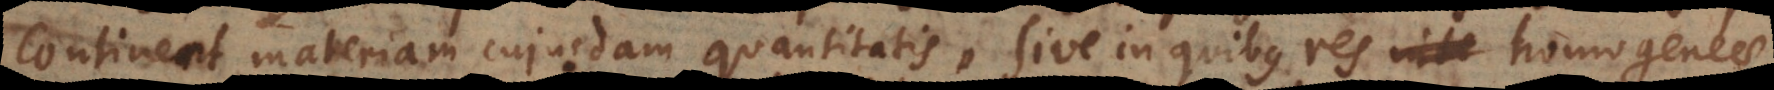
inent materiam cujusdam quantitatis, sive in quibus res homogene